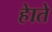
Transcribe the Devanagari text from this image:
हेाते